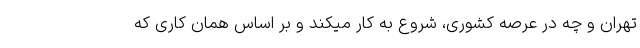
تهران و چه در عرصه کشوری، شروع به کار میکند و بر اساس همان کاری که